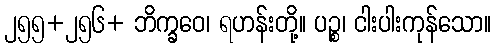
၂၅၅+၂၅၆+ ဘိက္ခဝေ၊ ရဟန်းတို့။ ပဉ္စ၊ ငါးပါးကုန်သော။